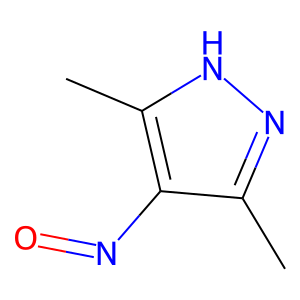
SMILES: Cc1n[nH]c(C)c1N=O
Inhibits HIV replication: No